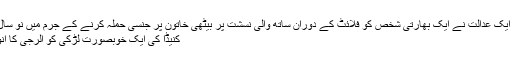
امریکہ میں ایک عدالت نے ایک بھارتی شخص کو فلائٹ کے دوران ساتھ والی نسشت پر بیٹھی خاتون پر جنسی حملہ کرنے کے جرم میں نو سال قید کی …
کنیڈا کی ایک خوبصورت لڑکی کو الرجی کا انوکھا مرض۔